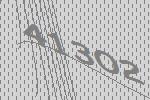
41302